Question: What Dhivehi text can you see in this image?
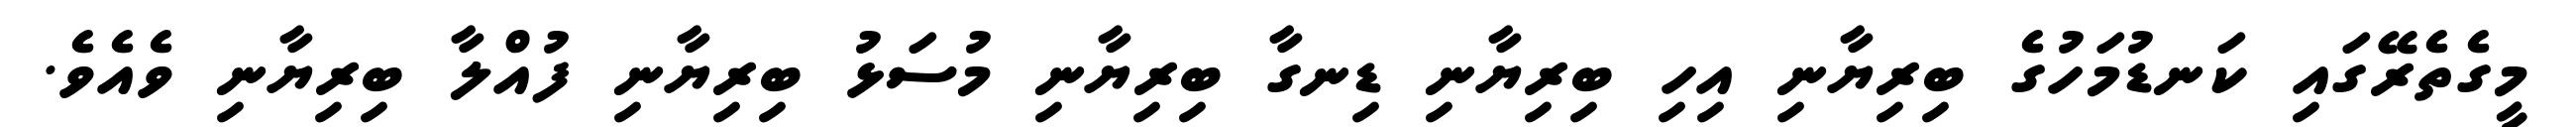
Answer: މީގެތެރޭގައި ކަނޑުމަހުގެ ބިރިޔާނި އިހި ބިރިޔާނި ޑިނގާ ބިރިޔާނި މުސަޅު ބިރިޔާނި ފުއްލާ ބިރިޔާނި ވެއެވެ.